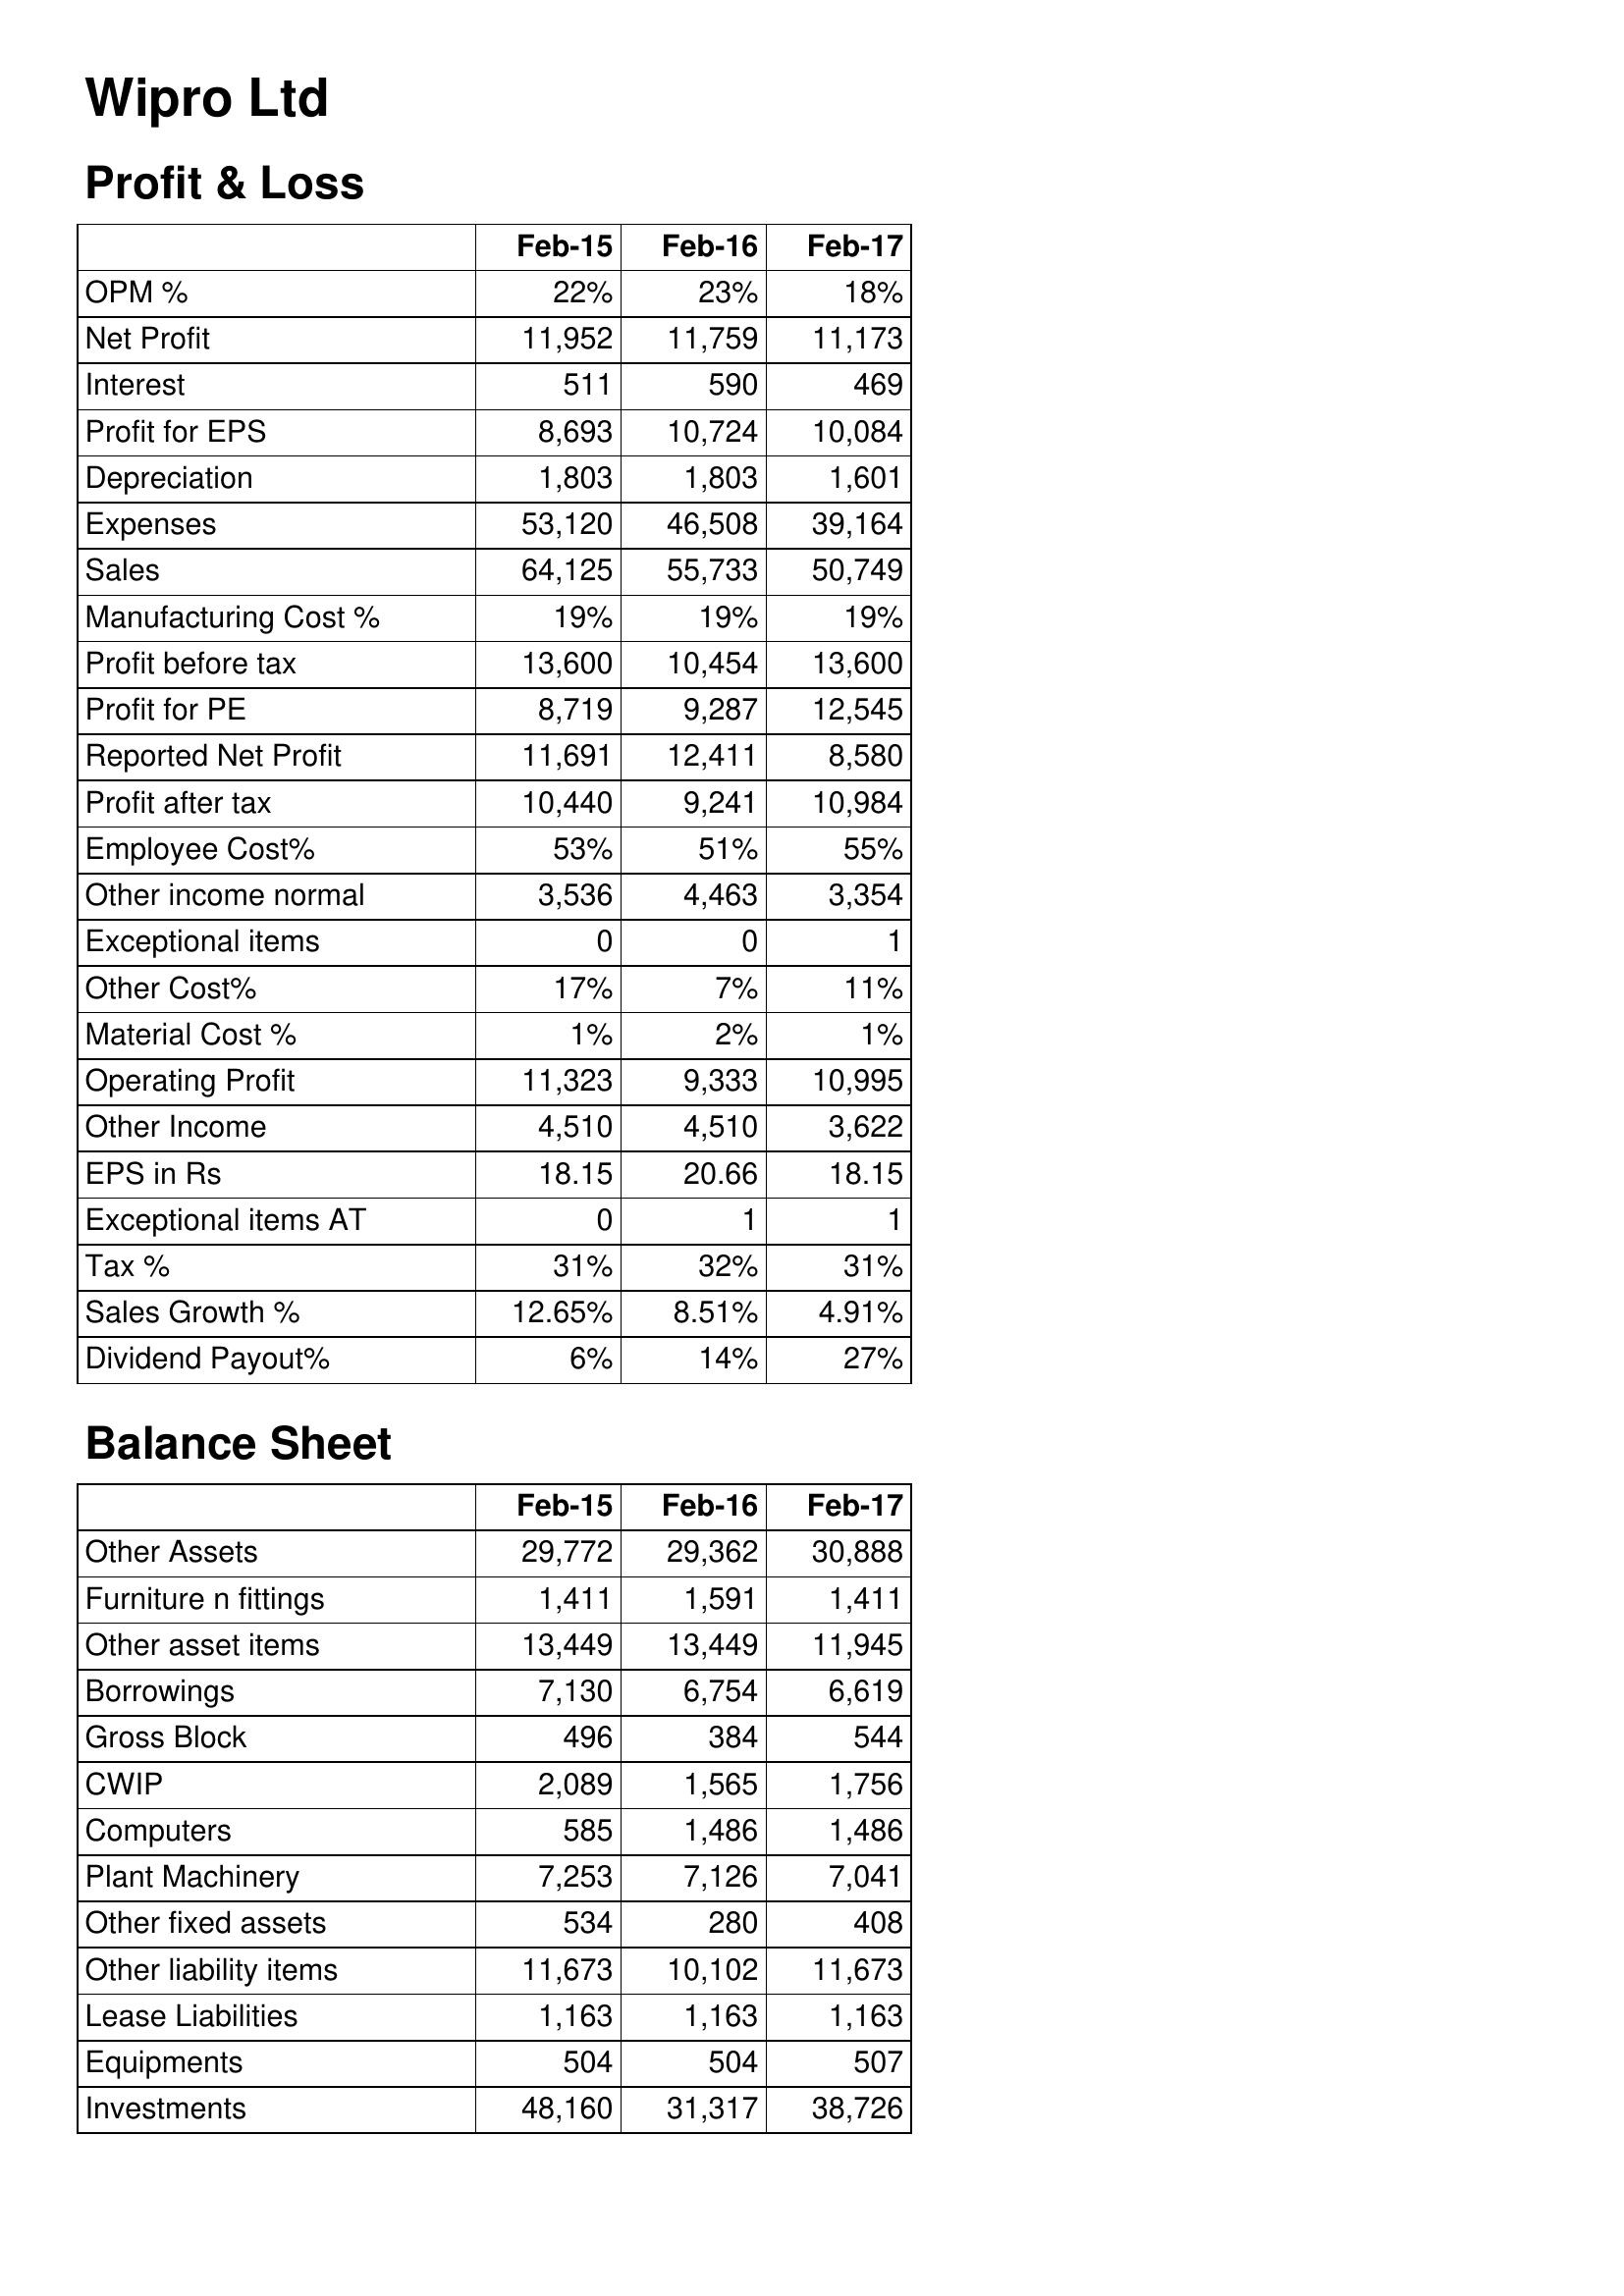
Feb-15: Profit & Loss: OPM %: 22%
Net Profit: 11,952
Interest: 511
Profit for EPS: 8,693
Depreciation: 1,803
Expenses: 53,120
Sales: 64,125
Manufacturing Cost %: 19%
Profit before tax: 13,600
Profit for PE: 8,719
Reported Net Profit: 11,691
Profit after tax: 10,440
Employee Cost%: 53%
Other income normal: 3,536
Exceptional items: 0
Other Cost%: 17%
Material Cost %: 1%
Operating Profit: 11,323
Other Income: 4,510
EPS in Rs: 18.15
Exceptional items AT: 0
Tax %: 31%
Sales Growth %: 12.65%
Dividend Payout%: 6%
Balance Sheet: Other Assets: 29,772
Furniture n fittings: 1,411
Other asset items: 13,449
Borrowings: 7,130
Gross Block: 496
CWIP: 2,089
Computers: 585
Plant Machinery: 7,253
Other fixed assets: 534
Other liability items: 11,673
Lease Liabilities: 1,163
Equipments: 504
Investments: 48,160
Feb-16: Profit & Loss: OPM %: 23%
Net Profit: 11,759
Interest: 590
Profit for EPS: 10,724
Depreciation: 1,803
Expenses: 46,508
Sales: 55,733
Manufacturing Cost %: 19%
Profit before tax: 10,454
Profit for PE: 9,287
Reported Net Profit: 12,411
Profit after tax: 9,241
Employee Cost%: 51%
Other income normal: 4,463
Exceptional items: 0
Other Cost%: 7%
Material Cost %: 2%
Operating Profit: 9,333
Other Income: 4,510
EPS in Rs: 20.66
Exceptional items AT: 1
Tax %: 32%
Sales Growth %: 8.51%
Dividend Payout%: 14%
Balance Sheet: Other Assets: 29,362
Furniture n fittings: 1,591
Other asset items: 13,449
Borrowings: 6,754
Gross Block: 384
CWIP: 1,565
Computers: 1,486
Plant Machinery: 7,126
Other fixed assets: 280
Other liability items: 10,102
Lease Liabilities: 1,163
Equipments: 504
Investments: 31,317
Feb-17: Profit & Loss: OPM %: 18%
Net Profit: 11,173
Interest: 469
Profit for EPS: 10,084
Depreciation: 1,601
Expenses: 39,164
Sales: 50,749
Manufacturing Cost %: 19%
Profit before tax: 13,600
Profit for PE: 12,545
Reported Net Profit: 8,580
Profit after tax: 10,984
Employee Cost%: 55%
Other income normal: 3,354
Exceptional items: 1
Other Cost%: 11%
Material Cost %: 1%
Operating Profit: 10,995
Other Income: 3,622
EPS in Rs: 18.15
Exceptional items AT: 1
Tax %: 31%
Sales Growth %: 4.91%
Dividend Payout%: 27%
Balance Sheet: Other Assets: 30,888
Furniture n fittings: 1,411
Other asset items: 11,945
Borrowings: 6,619
Gross Block: 544
CWIP: 1,756
Computers: 1,486
Plant Machinery: 7,041
Other fixed assets: 408
Other liability items: 11,673
Lease Liabilities: 1,163
Equipments: 507
Investments: 38,726